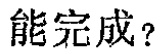
能完成？